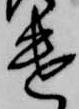
遣